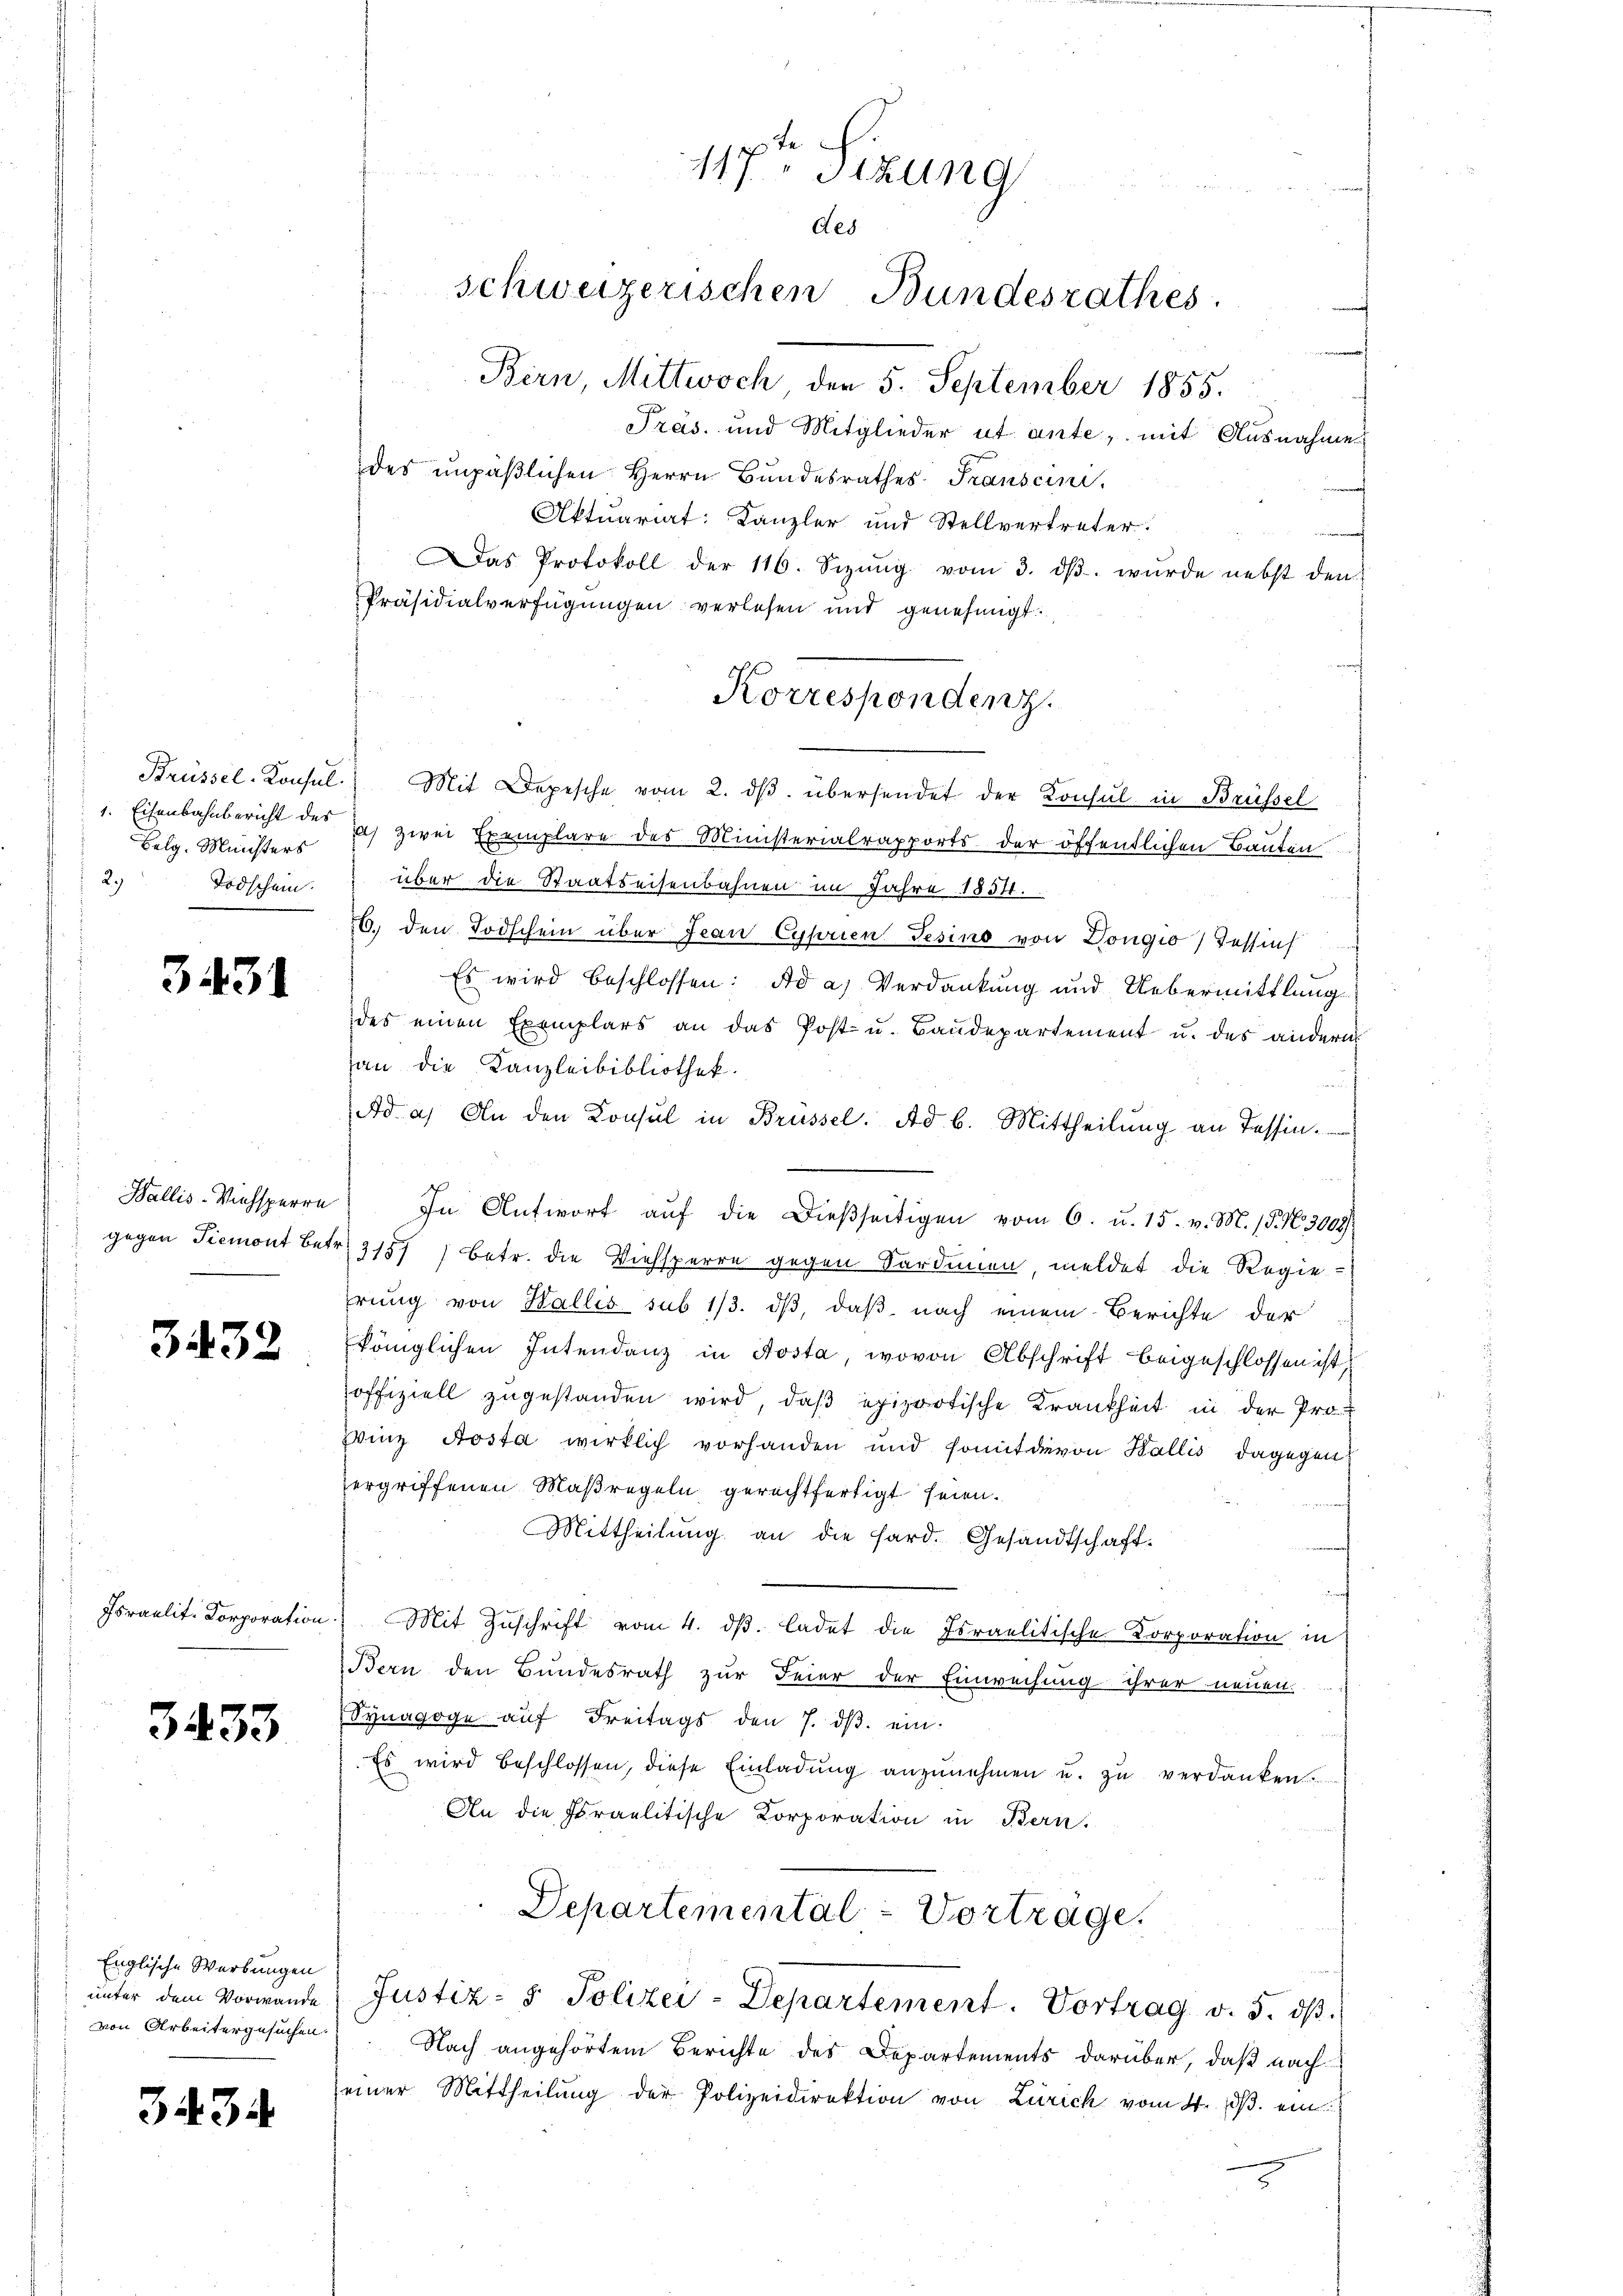
Belg. Ministers
2)
Todschein.

3431

3432

3433

3434.

Wallis-Viehsperre
gegen Piemont betr.

Israelit. Korporation

Englische Werbungen
unter dem Vorwande
von Arbeitergesuchen.

117ten Sizung
des
schweizerischen Bundesrathes.

Bern, Mittwoch, den 5. September 1855.
Präs. und Mitglieder ut ante, mit Ausnahme
des unpäβlichen Herrn Bŭndesrathes Transcini.
Aktuariat: Kanzler und Stellvertreter.
Das Protokoll der 116. Sizŭng vom 3. dβ. wŭrde nebst den
Präsidialverfügungen verlesen und genehmigt.
Brüssel-Konsul. Mit Depesche vom 2. dβ übersendet der Konsul in Brüssel
1. Eisenbahnbericht des das zwei Exemplare des Ministerialrapports der öffentlichen Bauten
über die Staatseisenbahnen im Jahre 1854.
6. den Todschein über Jean Cyprien Gesino von Dongio) Tessins
Es wird beschlossen: Ad a) Verdankung und Uebermittlung
des einen Exemplars an das Post- u. Baŭdepartement u. des andern
an die Kanzleibibliothek.
Ad a. An den Konsul in Brüssel. Ad. b. Mittheilŭng an Tessin.
In Antwort aŭf die Dieβseitigen vom 6. u. 15. v. M. 15. No. 3002/
3157) Betr. die Viehsperre gegen Sardinien meldet die Regie-
hrung von Wallis sub 1/3. dβ, daß nach einem Berichte der
königlichen Intendenz in Aosta, wovon Abschrift beigeschlossen ist,
offiziell zugestanden wird, daβ epiprotische Krankheit in der Pro
Winz Aosta wirklich vorhanden und somitdievon Wallis dagegen
ergriffenen Maßregeln gerechtfertigt seien.
Mittheilung an die Hard. Gesandtschaft.
Mit Zuschrift vom 4. dβ. ladet die Israelitische Korporation in
Bern den Bundesrath zur Feier der Einweisung ihrer neuen.
Synagoge auf Freitags den 7. dβ ein
Es wird beschlossen, diese Einladung anzunehmen u. zu verdanken.
An die Fraelitische Korporation in Bern.
Departemental-Vorträge.
Justiz- & Polizei-Departement. Vortrag v. 5. dβ.
Nach angehörtem Berichte des Departements darüber, daß nach
einer Mittheilŭng der Polizeidirektion von Zürich vom 4. dβ. ein

Korrespondenz.